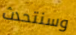
وسنتحدث